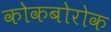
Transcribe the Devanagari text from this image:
कोकबोरोक